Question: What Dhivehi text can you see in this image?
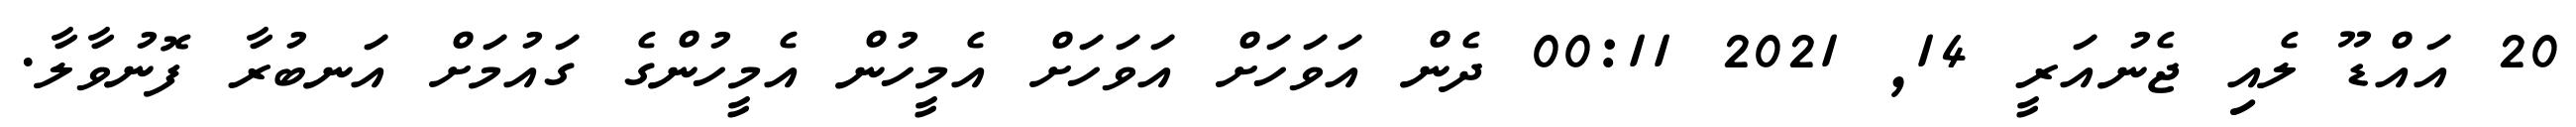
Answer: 20 އައްޑޫ ލެއި ޖެނުއަރީ 14, 2021 00:11 ދެން އަވަހަށް އަވަހަށް އެމީހުން އެމީހުންގެ ގައުމަށް އަނބުރާ ފޮނުވާލާ.